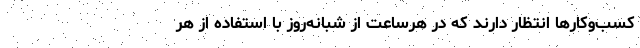
کسب‌وکارها انتظار دارند که در هرساعت از شبانه‌روز با استفاده از هر